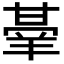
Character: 𭺭